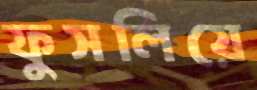
ফুসলিয়ে